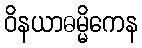
ဝိနယာဓမ္မိကေန